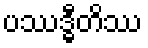
ပဿဒ္ဓီတိဿ